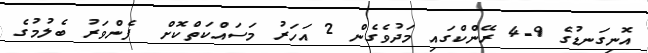
އޮނިގަނޑުގެ 9-4 ރޭންކްގައި މަދުވެގެން 2 އަހަރު މަސައްކަތްކޮށް  ފެންވަރު ބެލުމުގެ